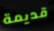
قديمة